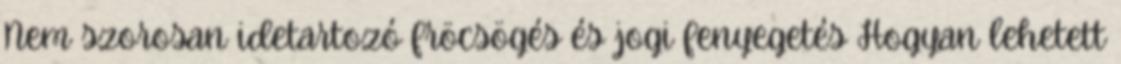
Nem szorosan idetartozó fröcsögés és jogi fenyegetés Hogyan lehetett